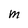
Character: M